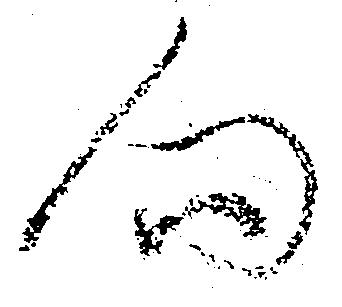
向